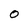
Character: 0